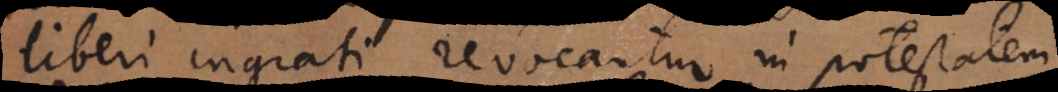
Liberi ingrati revocantur in potestatem,